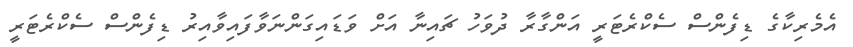
އެމެރިކާގެ ޑިފެންސް ސެކްރެޓަރީ އަންގާރާ ދުވަހު ޗައިނާ އަށް ވަޑައިގަންނަވާފައިވާއިރު ޑިފެންސް ސެކްރެޓަރީ